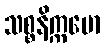
သစ္စနိက္ကမော